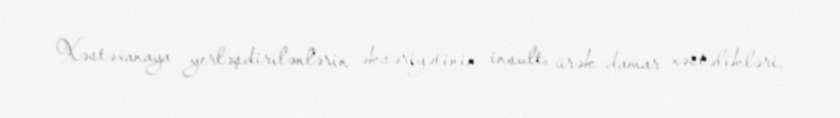
Xəstəxanaya yerləşdirilənlərin əksəriyətinin insult, ürək-damar xəstəlikləri,